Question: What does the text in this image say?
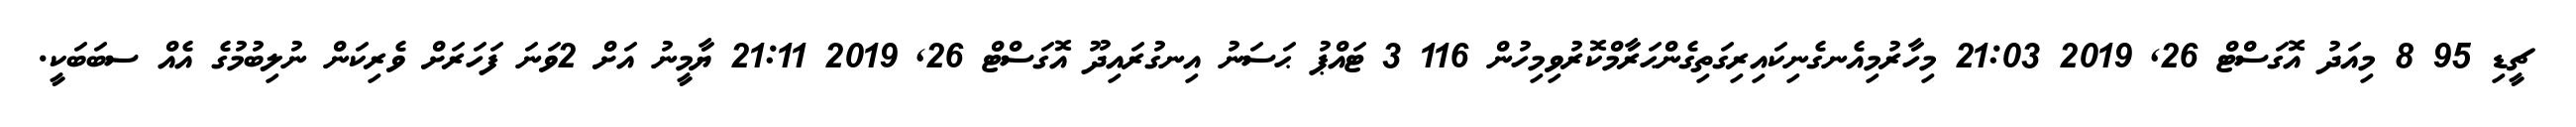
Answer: ޗީޑި 95 8 މިއަދު އޮގަސްޓް 26, 2019 21:03 މިހާރުމިއެނގެނިކައިރިގަތިގެންޙަރާމްކޮރުވިމިހުން 116 3 ޓައްޕު ޙަސަނު އިނގުރައިދޫ އޮގަސްޓް 26, 2019 21:11 ޔާމީނު އަށް 2ވަނަ ފަހަރަށް ވެރިކަން ނުލިބުމުގެ އެއް ސބަބަކީ.